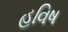
હવિષ